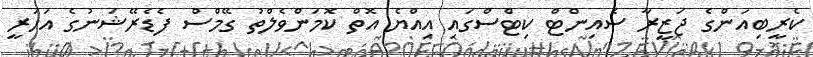
ކެރީބިއަންގެ ޖަޒީރާ ސެއިންޓް ކިޓްސްގައި އިއްޔެ އޮތް ކޮމަންވެލްތު ގޭމްސް ފެޑެރޭޝަނުގެ އަހަރީ